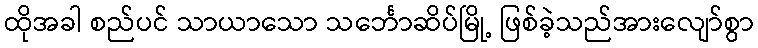
ထိုအခါ စည်ပင် သာယာသော သင်္ဘောဆိပ်မြို့ ဖြစ်ခဲ့သည်အားလျော်စွာ